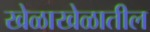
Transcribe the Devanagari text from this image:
खेळाखेळातील